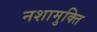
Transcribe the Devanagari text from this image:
नशामुक्ति